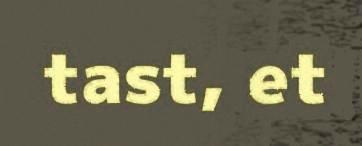
tast, et